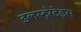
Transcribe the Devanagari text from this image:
इलस्ट्रेटेड्स